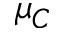
\mu _ { C }